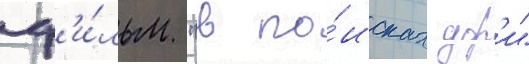
ф'и́льм "в по́исках дор'и"